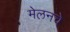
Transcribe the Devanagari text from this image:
मेलनचे